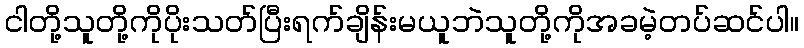
ငါတို့သူတို့ကိုပိုးသတ်ပြီးရက်ချိန်းမယူဘဲသူတို့ကိုအခမဲ့တပ်ဆင်ပါ။